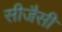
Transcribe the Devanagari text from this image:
सीजैसी